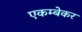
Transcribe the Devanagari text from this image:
एकम्बेकर